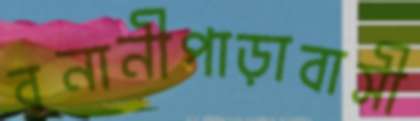
বনানীপাড়াবাসী